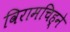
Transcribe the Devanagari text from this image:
विरामचिह्ने